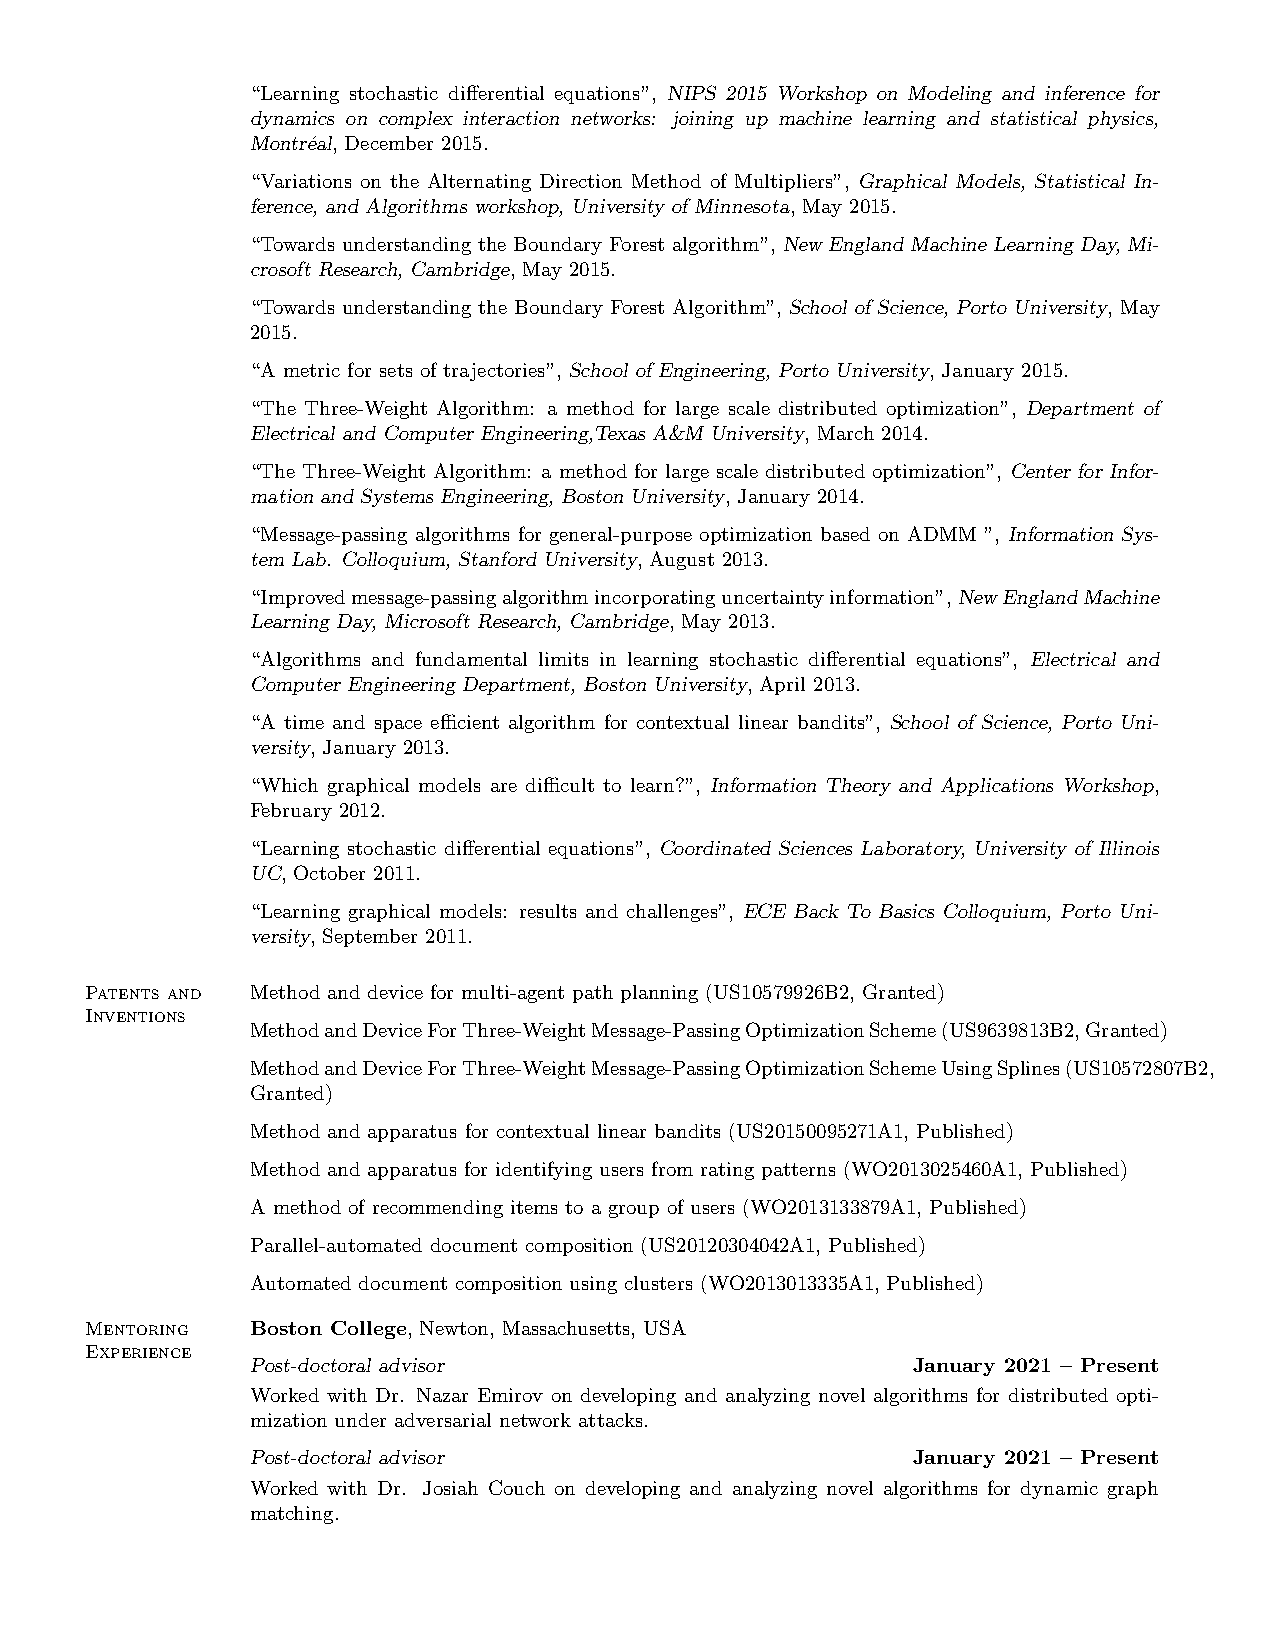
“Learning stochastic differential equations”, NIPS 2015 Workshop on Modeling and inference for
 dynamics on complex interaction networks: joining up machine learning and statistical physics,
 Montr´eal, December 2015.
 “Variations on the Alternating Direction Method of Multipliers”, Graphical Models, Statistical In-
 ference, and Algorithms workshop, University of Minnesota, May 2015.
 “Towards understanding the Boundary Forest algorithm”, New England Machine Learning Day, Mi-
 crosoft Research, Cambridge, May 2015.
 “Towards understanding the Boundary Forest Algorithm”, School of Science, Porto University, May
 2015.
 “A metric for sets of trajectories”, School of Engineering, Porto University, January 2015.
 “The Three-Weight Algorithm: a method for large scale distributed optimization”, Department of
 Electrical and Computer Engineering,Texas A&M University, March 2014.
 “The Three-Weight Algorithm: a method for large scale distributed optimization”, Center for Infor-
 mation and Systems Engineering, Boston University, January 2014.
 “Message-passing algorithms for general-purpose optimization based on ADMM ”, Information Sys-
 tem Lab. Colloquium, Stanford University, August 2013.
 “Improvedmessage-passingalgorithmincorporatinguncertaintyinformation”,NewEnglandMachine
 Learning Day, Microsoft Research, Cambridge, May 2013.
 “Algorithms and fundamental limits in learning stochastic differential equations”, Electrical and
 Computer Engineering Department, Boston University, April 2013.
 “A time and space efficient algorithm for contextual linear bandits”, School of Science, Porto Uni-
 versity, January 2013.
 “Which graphical models are difficult to learn?”, Information Theory and Applications Workshop,
 February 2012.
 “Learning stochastic differential equations”, Coordinated Sciences Laboratory, University of Illinois
 UC, October 2011.
 “Learning graphical models: results and challenges”, ECE Back To Basics Colloquium, Porto Uni-
 versity, September 2011.
 Patents and Method and device for multi-agent path planning (US10579926B2, Granted)
 Inventions
 MethodandDeviceForThree-WeightMessage-PassingOptimizationScheme(US9639813B2,Granted)
 MethodandDeviceForThree-WeightMessage-PassingOptimizationSchemeUsingSplines(US10572807B2,
 Granted)
 Method and apparatus for contextual linear bandits (US20150095271A1, Published)
 Method and apparatus for identifying users from rating patterns (WO2013025460A1, Published)
 A method of recommending items to a group of users (WO2013133879A1, Published)
 Parallel-automated document composition (US20120304042A1, Published)
 Automated document composition using clusters (WO2013013335A1, Published)
 Mentoring  Boston College, Newton, Massachusetts, USA
 Experience
 Post-doctoral advisor                      January 2021 – Present
 Worked with Dr. Nazar Emirov on developing and analyzing novel algorithms for distributed opti-
 mization under adversarial network attacks.
 Post-doctoral advisor                      January 2021 – Present
 Worked with Dr. Josiah Couch on developing and analyzing novel algorithms for dynamic graph
 matching.